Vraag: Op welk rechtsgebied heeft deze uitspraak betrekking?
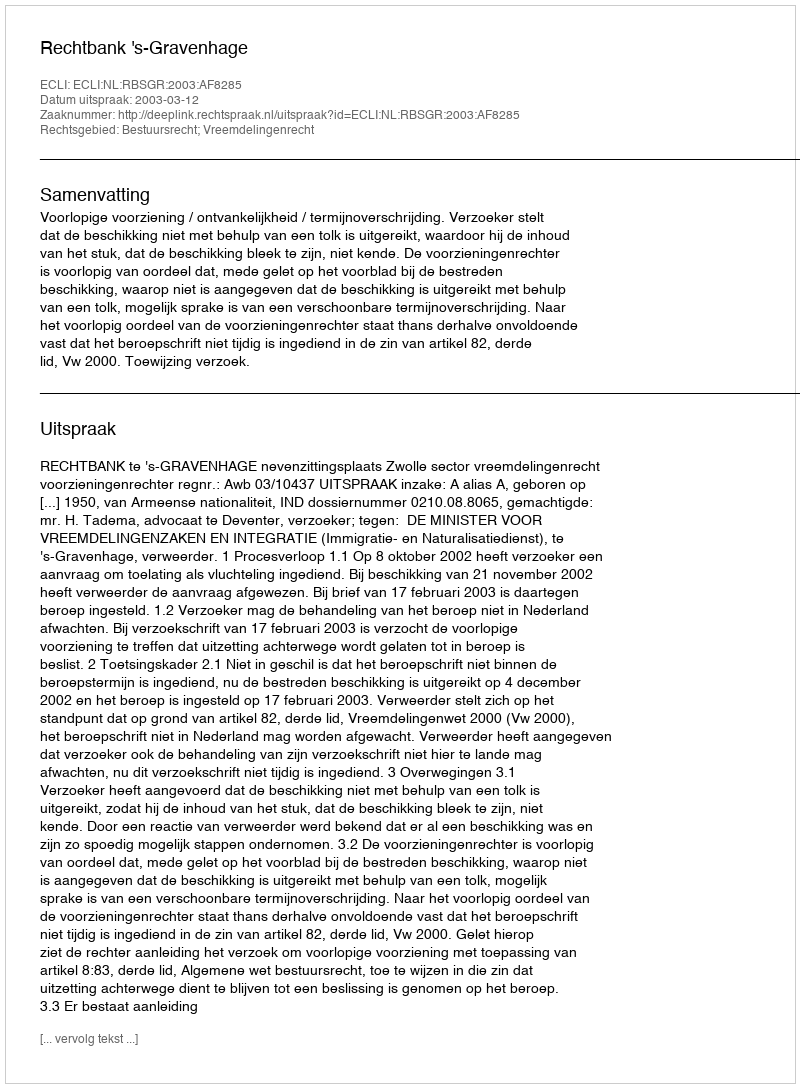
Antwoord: Bestuursrecht; Vreemdelingenrecht